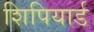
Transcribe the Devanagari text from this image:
शिपियार्ड